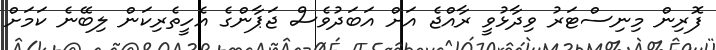
ފޮރިން މިނިސްޓަރު ވިދާޅުވީ ރާއްޖެ އަށް އަބަދުވެސް ޖަޕާންގެ އެހީތެރިކަން ލިބޭނެ ކަމަށް